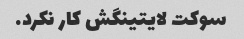
سوکت لایتینگش کار نکرد.